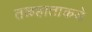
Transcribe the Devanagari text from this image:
तळहाताकडे